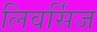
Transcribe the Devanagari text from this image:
लिवर्सिज